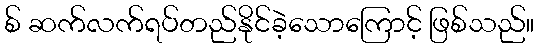
စ် ဆက်လက်ရပ်တည်နိုင်ခဲ့သောကြောင့် ဖြစ်သည်။